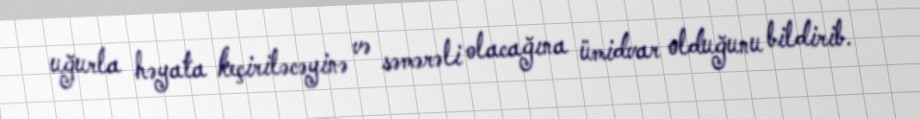
uğurla həyata keçiriləcəyinə və səmərəli olacağına ümidvar olduğunu bildirib.